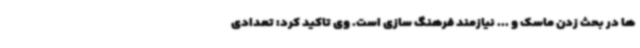
ها در بحث زدن ماسک و ... نیازمند فرهنگ سازی است. وی تاکید کرد: تعدادی